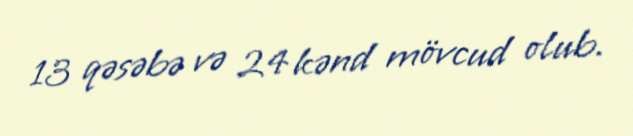
13 qəsəbə və 24 kənd mövcud olub.